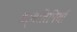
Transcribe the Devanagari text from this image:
धर्मलिपियाँ